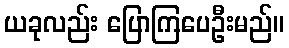
ယခုလည်း ပြောကြပေဦးမည်။